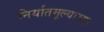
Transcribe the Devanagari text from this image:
निर्यातमूल्याच्या